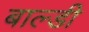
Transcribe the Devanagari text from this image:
बाल्डी